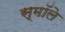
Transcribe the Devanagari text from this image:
स्मॉले